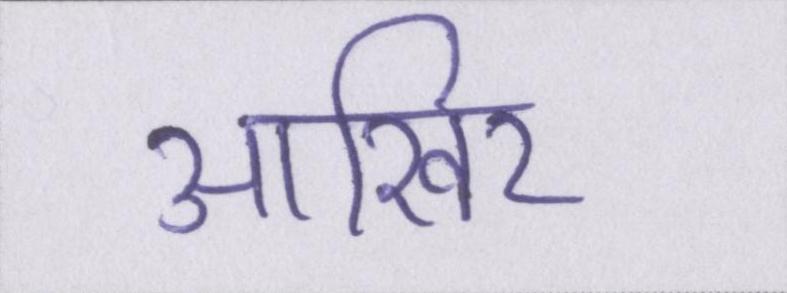
आखिर